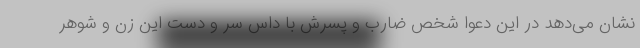
نشان می‌دهد در این دعوا شخص ضارب و پسرش با داس سر و دست این زن و شوهر